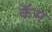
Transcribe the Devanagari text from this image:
कॅम